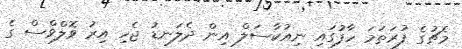
މެޗުގެ ފުރަތަމަ ހާފުގައި ނިއުކާސަލް އިން ދެލަނޑު ޖެހި އިރު ވޮލްވްސް ގެ